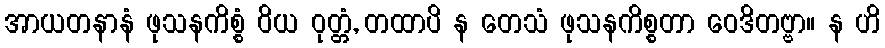
အာယတနာနံ ဖုသနကိစ္စံ ဝိယ ဝုတ္တံ, တထာပိ န တေသံ ဖုသနကိစ္စတာ ဝေဒိတဗ္ဗာ။ န ဟိ